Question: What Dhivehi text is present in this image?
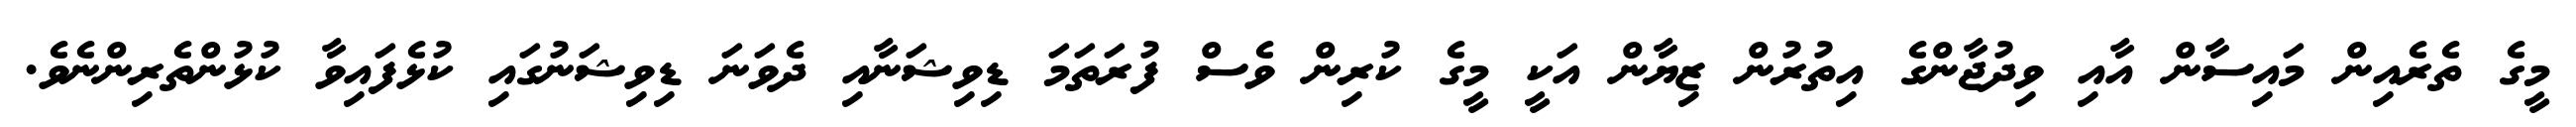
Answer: މީގެ ތެރެއިން މައިސާން އާއި ވިދުޖާންގެ އިތުރުން ޒިޔާން އަކީ މީގެ ކުރިން ވެސް ފުރަތަމަ ޑިވިޝަނާއި ދެވަނަ ޑިވިޝަނުގައި ކުޅެފައިވާ ކުޅުންތެރިންނެވެ.